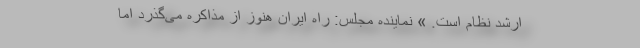
ارشد نظام است. » نماینده مجلس: راه ایران هنوز از مذاکره می‌گذرد اما